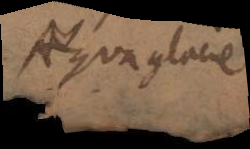
Aqua glacie